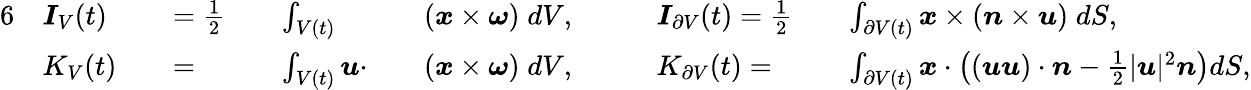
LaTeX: \begin{array}{rlrlrlrlrlrl}{{6}}&{\boldsymbol{I}_{V}(t)}&&{=\frac{1}{2}}&&{\int_{V(t)}}&&{(\boldsymbol{x}\times\boldsymbol{\omega})\; dV,\quad}&&{\boldsymbol{I}_{\partial V}(t)=\frac{1}{2}}&&{\int_{\partial V(t)}\boldsymbol{x}\times(\boldsymbol{n}\times\boldsymbol{u})\; dS,}\\ &{K_{V}(t)}&&{=}&&{\int_{V(t)}\boldsymbol{u}\cdot}&&{(\boldsymbol{x}\times\boldsymbol{\omega})\; dV,\quad}&&{K_{\partial V}(t)=}&&{\int_{\partial V(t)}\boldsymbol{x}\cdot\left((\boldsymbol{u}\boldsymbol{u})\cdot\boldsymbol{n}-\frac{1}{2}\lvert\boldsymbol{u}\rvert^{2}\boldsymbol{n}\right)dS,}\end{array}